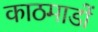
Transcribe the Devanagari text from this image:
काठमाडों